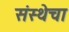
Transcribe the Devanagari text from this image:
संस्‍थेचा